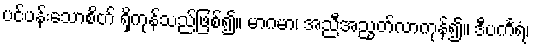
ပင်ပန်းသောစိတ် ရှိကုန်သည်ဖြစ်၍။ မာဂမာ၊ အညီအညွတ်လာကုန်၍။ ဒီပင်္ကရံ၊